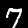
Digit: 7